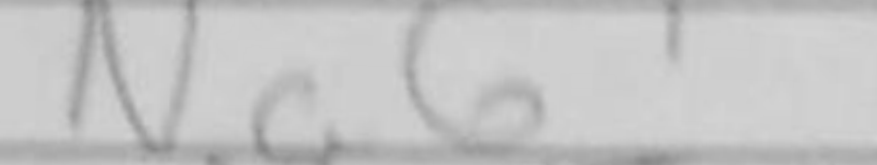
Transcription: Nc6